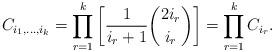
LaTeX: \begin{align*} C_{i_1,\ldots,i_k} = \prod_{r=1}^k \left[\frac{1}{i_r+1}\binom{2i_r}{i_r} \right] = \prod_{r=1}^k C_{i_r}.\end{align*}